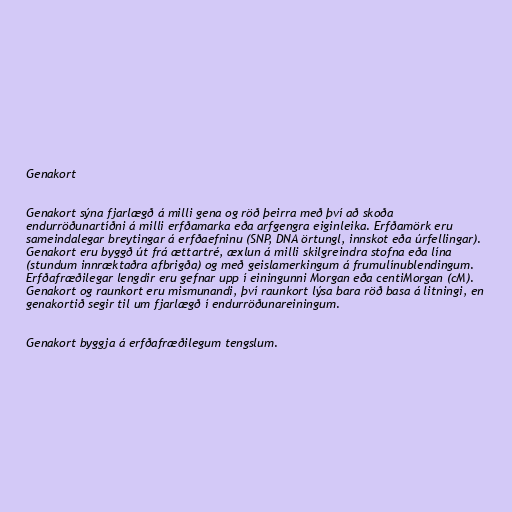
Genakort

Genakort sýna fjarlægð á milli gena og röð þeirra með því að skoða
endurröðunartíðni á milli erfðamarka eða arfgengra eiginleika. Erfðamörk eru
sameindalegar breytingar á erfðaefninu (SNP, DNA örtungl, innskot eða úrfellingar).
Genakort eru byggð út frá ættartré, æxlun á milli skilgreindra stofna eða lína
(stundum innræktaðra afbrigða) og með geislamerkingum á frumulínublendingum.
Erfðafræðilegar lengdir eru gefnar upp í einingunni Morgan eða centiMorgan (cM).
Genakort og raunkort eru mismunandi, því raunkort lýsa bara röð basa á litningi, en
genakortið segir til um fjarlægð í endurröðunareiningum.

Genakort byggja á erfðafræðilegum tengslum.